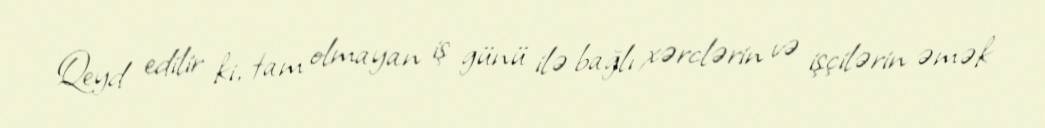
Qeyd edilir ki, tam olmayan iş günü ilə bağlı xərclərin və işçilərin əmək